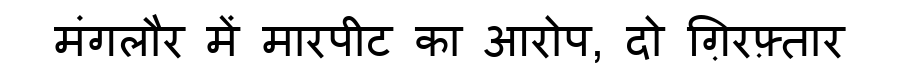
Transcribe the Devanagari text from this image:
मंगलौर में मारपीट का आरोप, दो ग़िरफ़्तार